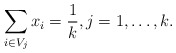
\begin{align*}\sum_{i\in V_{j}}x_{i}=\frac{1}{k},j=1,\ldots,k. \end{align*}